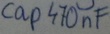
Text: cap470nF